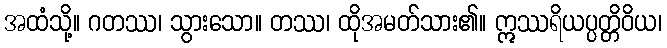
အထံသို့။ ဂတဿ၊ သွားသော။ တဿ၊ ထိုအမတ်သား၏။ ဣဿရိယပ္ပတ္တိဝိယ၊